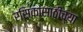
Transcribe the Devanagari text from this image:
रसिकांसाठीच्या